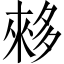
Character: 𫯓